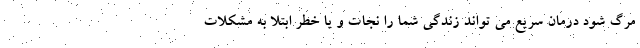
مرگ شود درمان سریع می تواند زندگی شما را نجات و یا خطر ابتلا به مشکلات